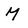
Character: M